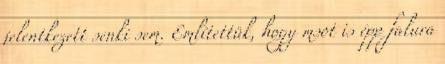
jelentkezett senki sem. Említettük, hogy msot is épp falura